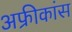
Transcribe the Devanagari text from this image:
अफ्रीकांस